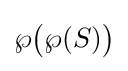
\wp {\bigl (}\wp (S){\bigr )}